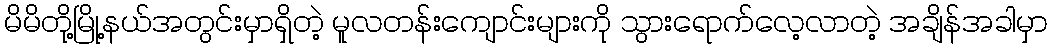
မိမိတို့မြို့နယ်အတွင်းမှာရှိတဲ့ မူလတန်းကျောင်းများကို သွားရောက်လေ့လာတဲ့ အချိန်အခါမှာ